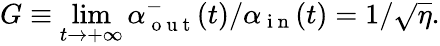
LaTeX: G\equiv\operatorname*{lim}_{t\to+\infty}\alpha_{\mathrm{~o~u~t~}}^{-}(t)/\alpha_{\mathrm{~i~n~}}(t)=1/\sqrt{\eta}.